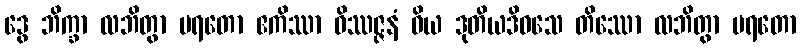
ဒွေ ဘိက္ခာ လဘိတွာ ပရတော ဧကိဿာ ဝိဿဇ္ဇနံ ဝိယ ဒုတိယဒိဝသေ တိဿော လဘိတွာ ပရတော